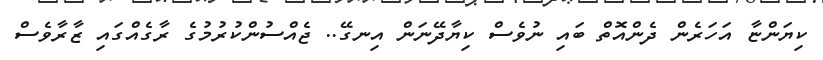
ކިޔަންޏާ އަހަރެން ދެންއޮތް ބައި ނުވެސް ކިޔާދޭނަން އިނގޭ.. ޖެއްސުންކުރުމުގެ ރާގެއްގައި ޒާރާވެސް